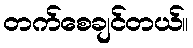
တက်စေချင်တယ်။